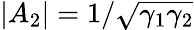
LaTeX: |A_{2}|=1/\sqrt{\gamma_{1}\gamma_{2}}